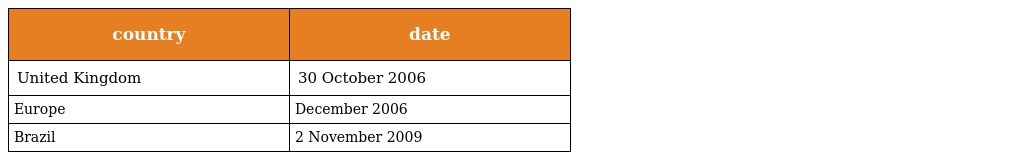
| country | date |
 | --- | --- |
 | United Kingdom | 30 October 2006 |
 | Europe | December 2006 |
 | Brazil | 2 November 2009 |